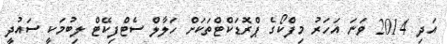
އަދި 2014 ވަނަ އަހަރު މިފްކޯގެ ޕްރޮޑަކްޓްތަކަށް ހަލާލް ސެޓްފިކޭޓް ލިބުމަކީ ސައުދީ